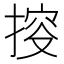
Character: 𢯱